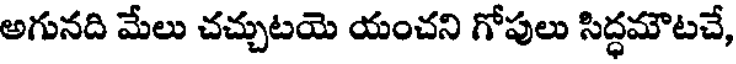
అగునది మేలు చచ్చుటయె యంచని గోపులు సిద్ధమౌటచే,